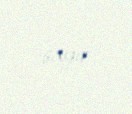
sayır.